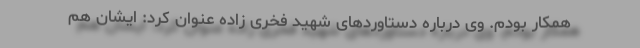
همکار بودم. وی درباره دستاوردهای شهید فخری زاده عنوان کرد: ایشان هم